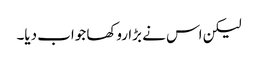
لیکن اس نے بڑا روکھا جواب دیا۔